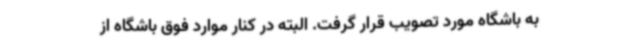
به باشگاه مورد تصویب قرار گرفت. البته در کنار موارد فوق باشگاه از